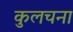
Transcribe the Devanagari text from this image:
कुलचना